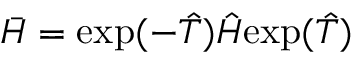
\bar { H } = \mathrm { e x p } ( - \hat { T } ) \hat { H } \mathrm { e x p } ( \hat { T } )